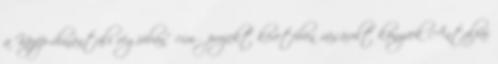
a Közép-dunántúli régióban” című projekt keretében vásárolt könyvek Antalfai